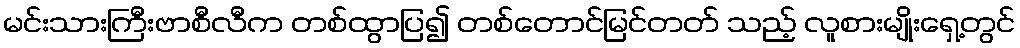
မင်းသားကြီးဗာစီလီက တစ်ထွာပြ၍ တစ်တောင်မြင်တတ် သည့် လူစားမျိုးရှေ့တွင်